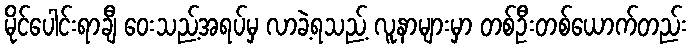
မိုင်ပေါင်းရာချီ ဝေးသည့်အရပ်မှ လာခဲ့ရသည့် လူနာများမှာ တစ်ဦးတစ်ယောက်တည်း